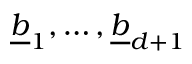
\underline { { b } } _ { 1 } , \ldots , \underline { { b } } _ { d + 1 }